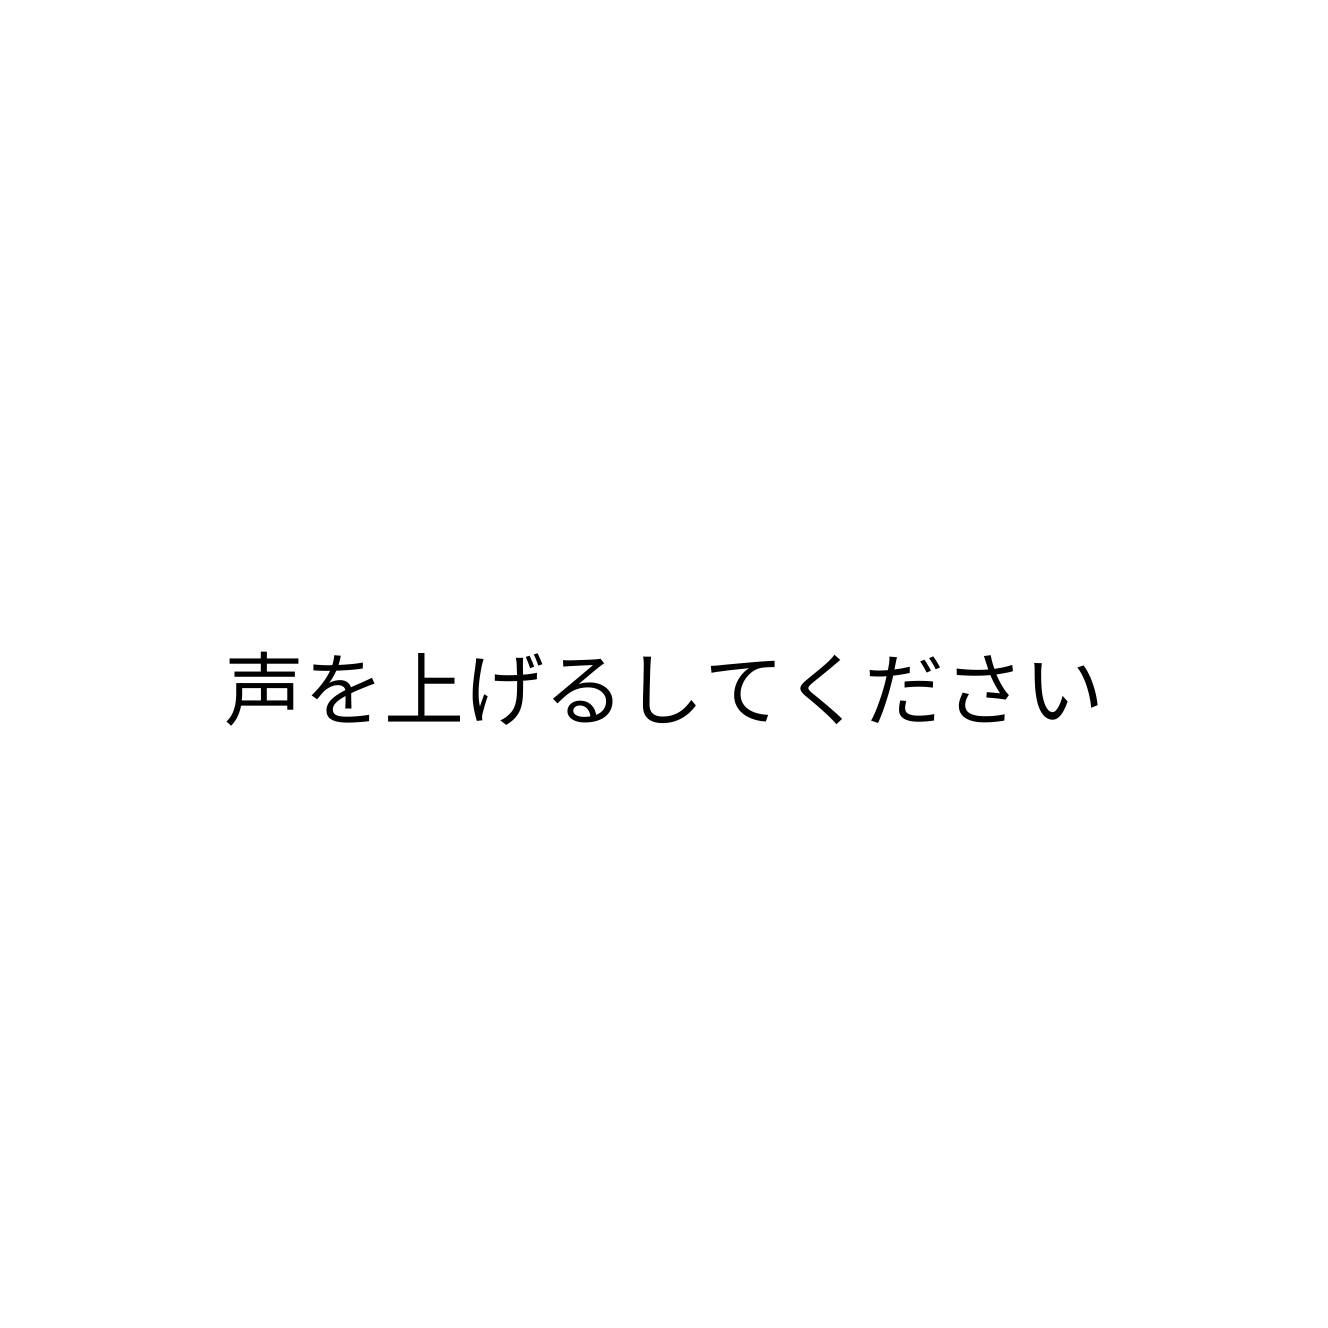
声を上げるしてください